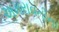
અમરાવતીના